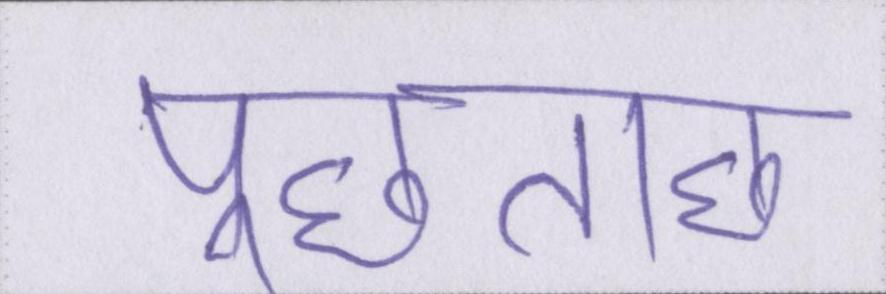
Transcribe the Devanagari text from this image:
पूछताछ